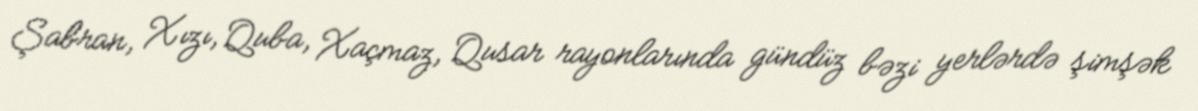
Şabran, Xızı, Quba, Xaçmaz, Qusar rayonlarında gündüz bəzi yerlərdə şimşək